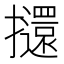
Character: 𭣌